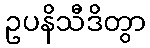
ဥပနိသီဒိတွာ